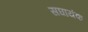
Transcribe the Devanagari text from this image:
सघायंक